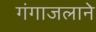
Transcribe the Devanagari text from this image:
गंगाजलाने